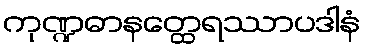
ကုဏ္ဍဓာနတ္ထေရဿာပဒါနံ